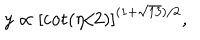
y \propto \left[ \cot ( \eta / 2 ) \right] ^ { ( 1 + \sqrt { 1 3 } ) / 2 } ,